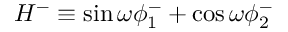
H ^ { - } \equiv \sin \omega \phi _ { 1 } ^ { - } + \cos \omega \phi _ { 2 } ^ { - }